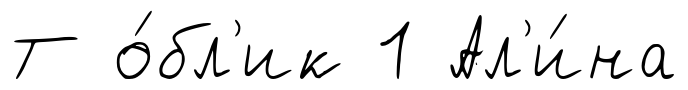
Т о́бл'ик 1 Ал'и́на